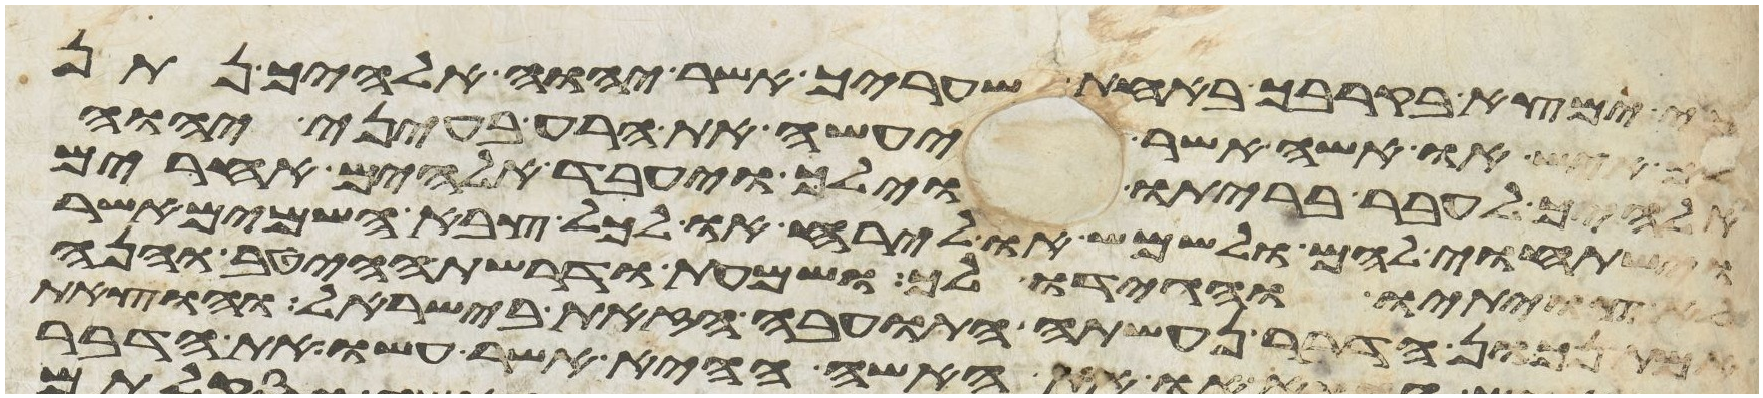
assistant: כי ימצא בקרבך באחת שעריך אשר יהוה אלהיך נתן
לך איש או אשה אשר יעשה את הרע בעיני יהוה
אלהיך לעבר בריתו וילך ויעבד אלהים אחרים
וישתחוי להם ולשמש או לירח או לכל צבא השמים אשר
לא צויתיו והגידו לך ושמעת ודרשת הייטב והנה
אמת נכון הדבר נעשתה התועבה הזאת בישראל והוצאת